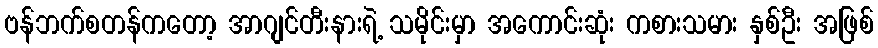
ဗန်ဘက်စတန်ကတော့ အာဂျင်တီးနားရဲ့ သမိုင်းမှာ အကောင်းဆုံး ကစားသမား နှစ်ဦး အဖြစ်